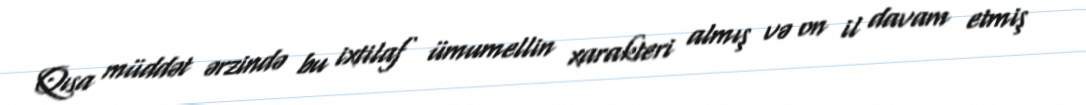
Qısa müddət ərzində bu ixtilaf ümumellin xarakteri almış və on il davam etmiş